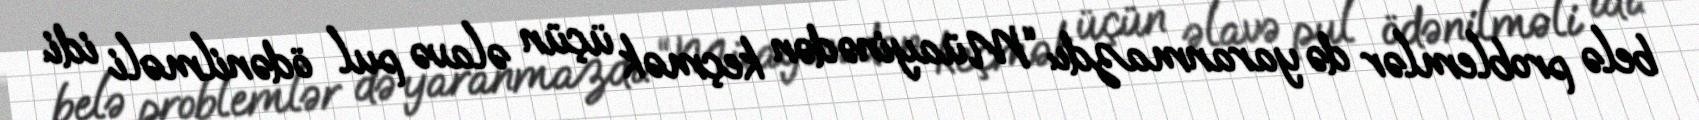
belə problemlər də yaranmazdı: “Müayinədən keçmək üçün əlavə pul ödənilməli idi.